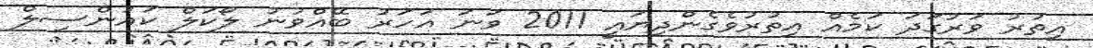
އިތުރު ވަރުގަދަ ކަމެއް އިތުރުވެގެންދިޔައީ 2011 ވަނަ އަހަރު ބޭއްވުނު ލޯކަލް ކައުންސިލް